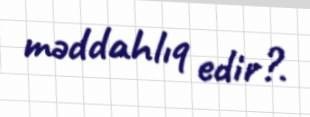
məddahlıq edir?.